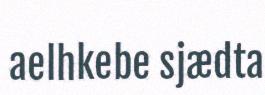
aelhkebe sjædta